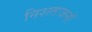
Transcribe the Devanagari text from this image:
निशतःजनॉ